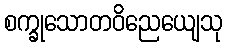
စက္ခုသောတဝိညေယျေသု